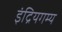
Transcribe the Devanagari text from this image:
इंद्रियगम्य